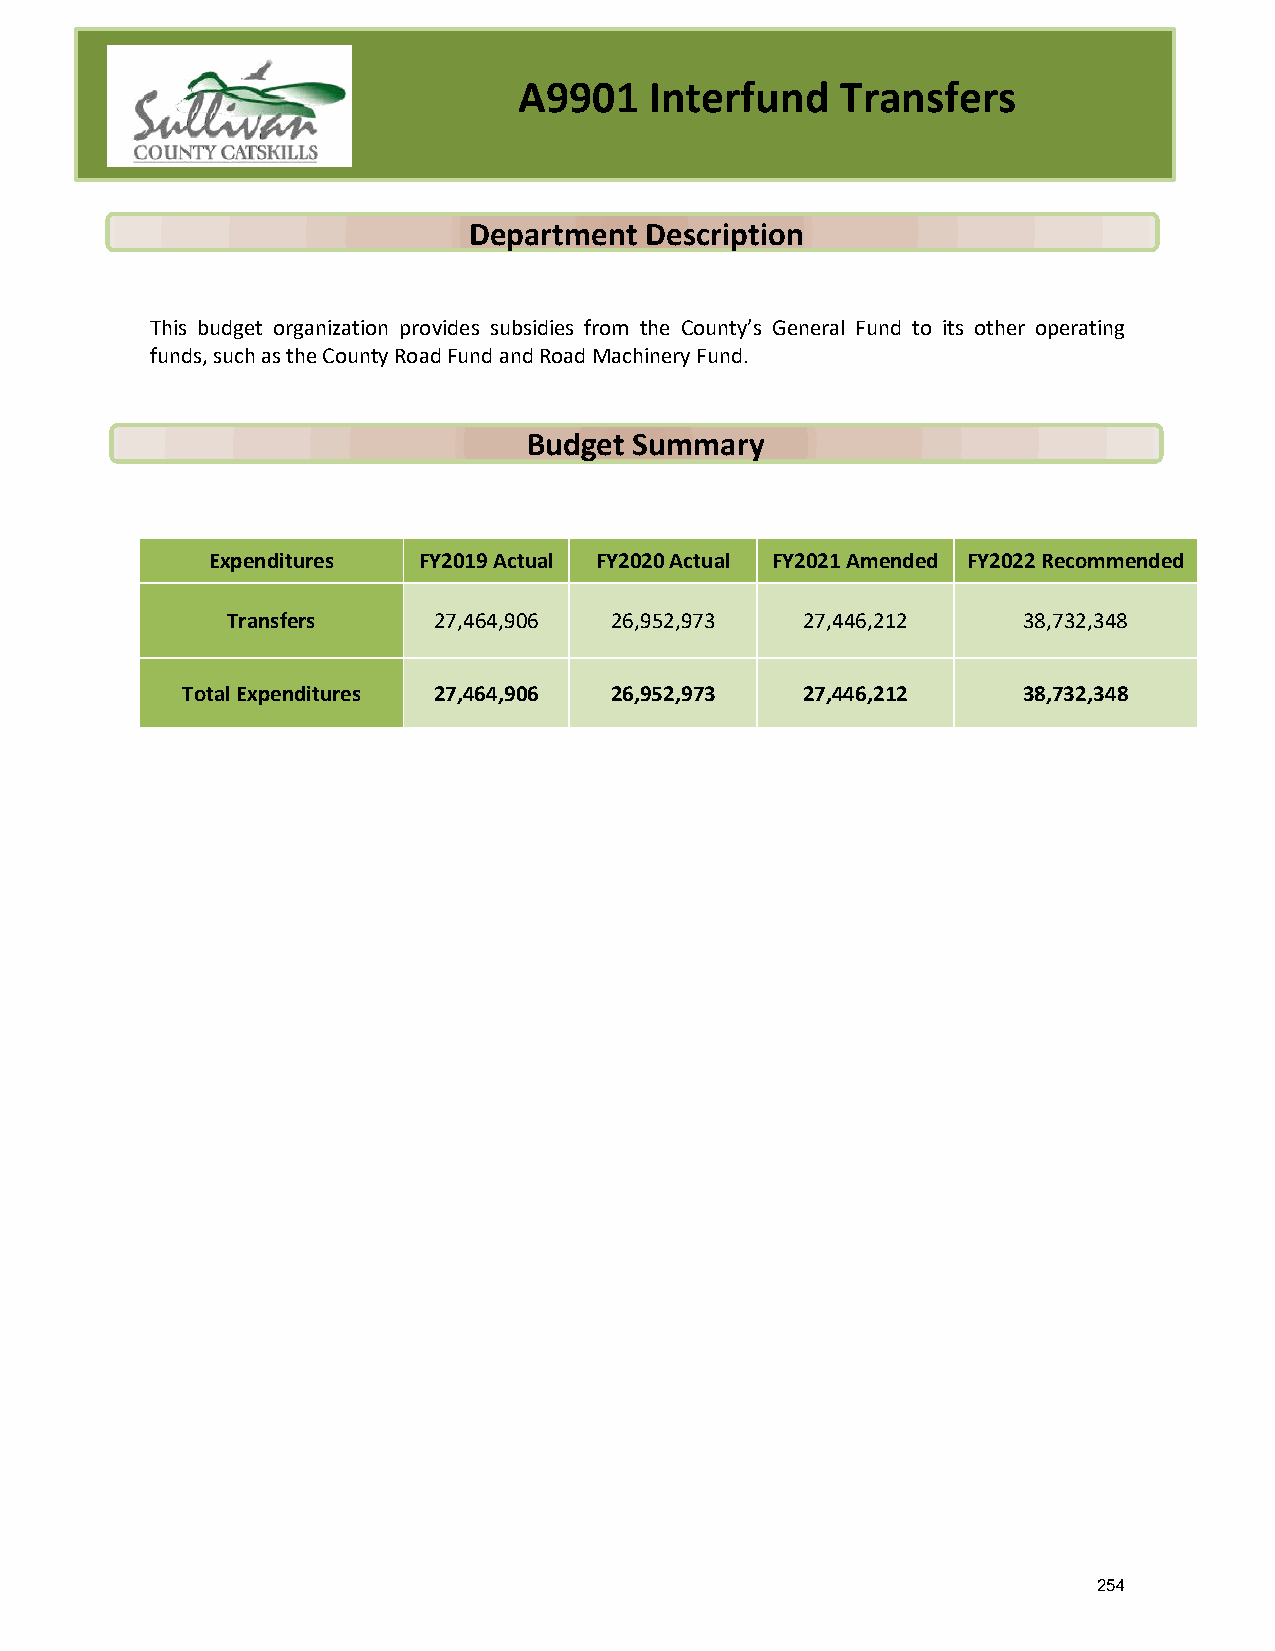
A9901    Interfund    Transfers
 Department  Description
 This budget organization provides subsidies from the County’s General Fund to its other operating
 funds, such as the County Road Fund and Road Machinery Fund.
 Budget Summary
 Expenditures  FY2019 Actual FY2020 Actual FY2021 Amended FY2022 Recommended
 Transfers     27,464,906 26,952,973   27,446,212     38,732,348
 Total Expenditures 27,464,906 26,952,973 27,446,212     38,732,348
 254